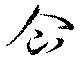
企